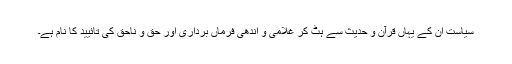
سیاست ان کے یہاں قرآن و حدیث سے ہٹ کر غلامی و اندھی فرماں برداری اور حق و ناحق کی تائیید کا نام ہے۔